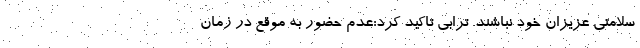
سلامتی عزیزان خود نباشند. ترابی تاکید کرد:عدم حضور به موقع در زمان